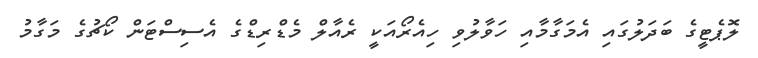
ލޮޕެޓީގެ ބަދަލުގައި އެމަގާމާއި ހަވާލުވި ހިއެރޯއަކީ ރެއާލް މެޑްރިޑްގެ އެސިސްޓަން ކޯޗުގެ މަގާމު